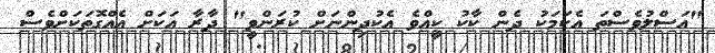
"އަސްލުވެސްތަ އެކަމަކު ދެން ކާކު ކީއްވެ އެކުދިންނަށް ކުރަންވީ" ދާރާ އަކަށް އެއްގޮތަކަށްވެސް